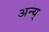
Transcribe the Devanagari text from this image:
अन्य्